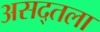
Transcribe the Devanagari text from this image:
असद्तला